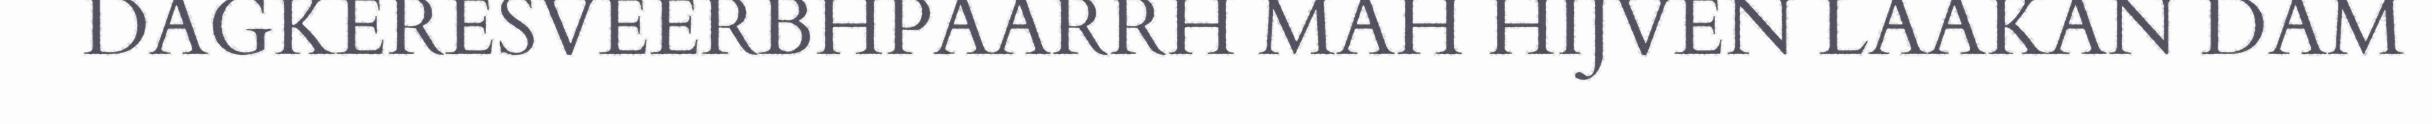
DAGKERESVEERBHPAARRH MAH HIJVEN LAAKAN DAM